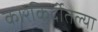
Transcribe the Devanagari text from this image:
कारकिर्दीतल्या